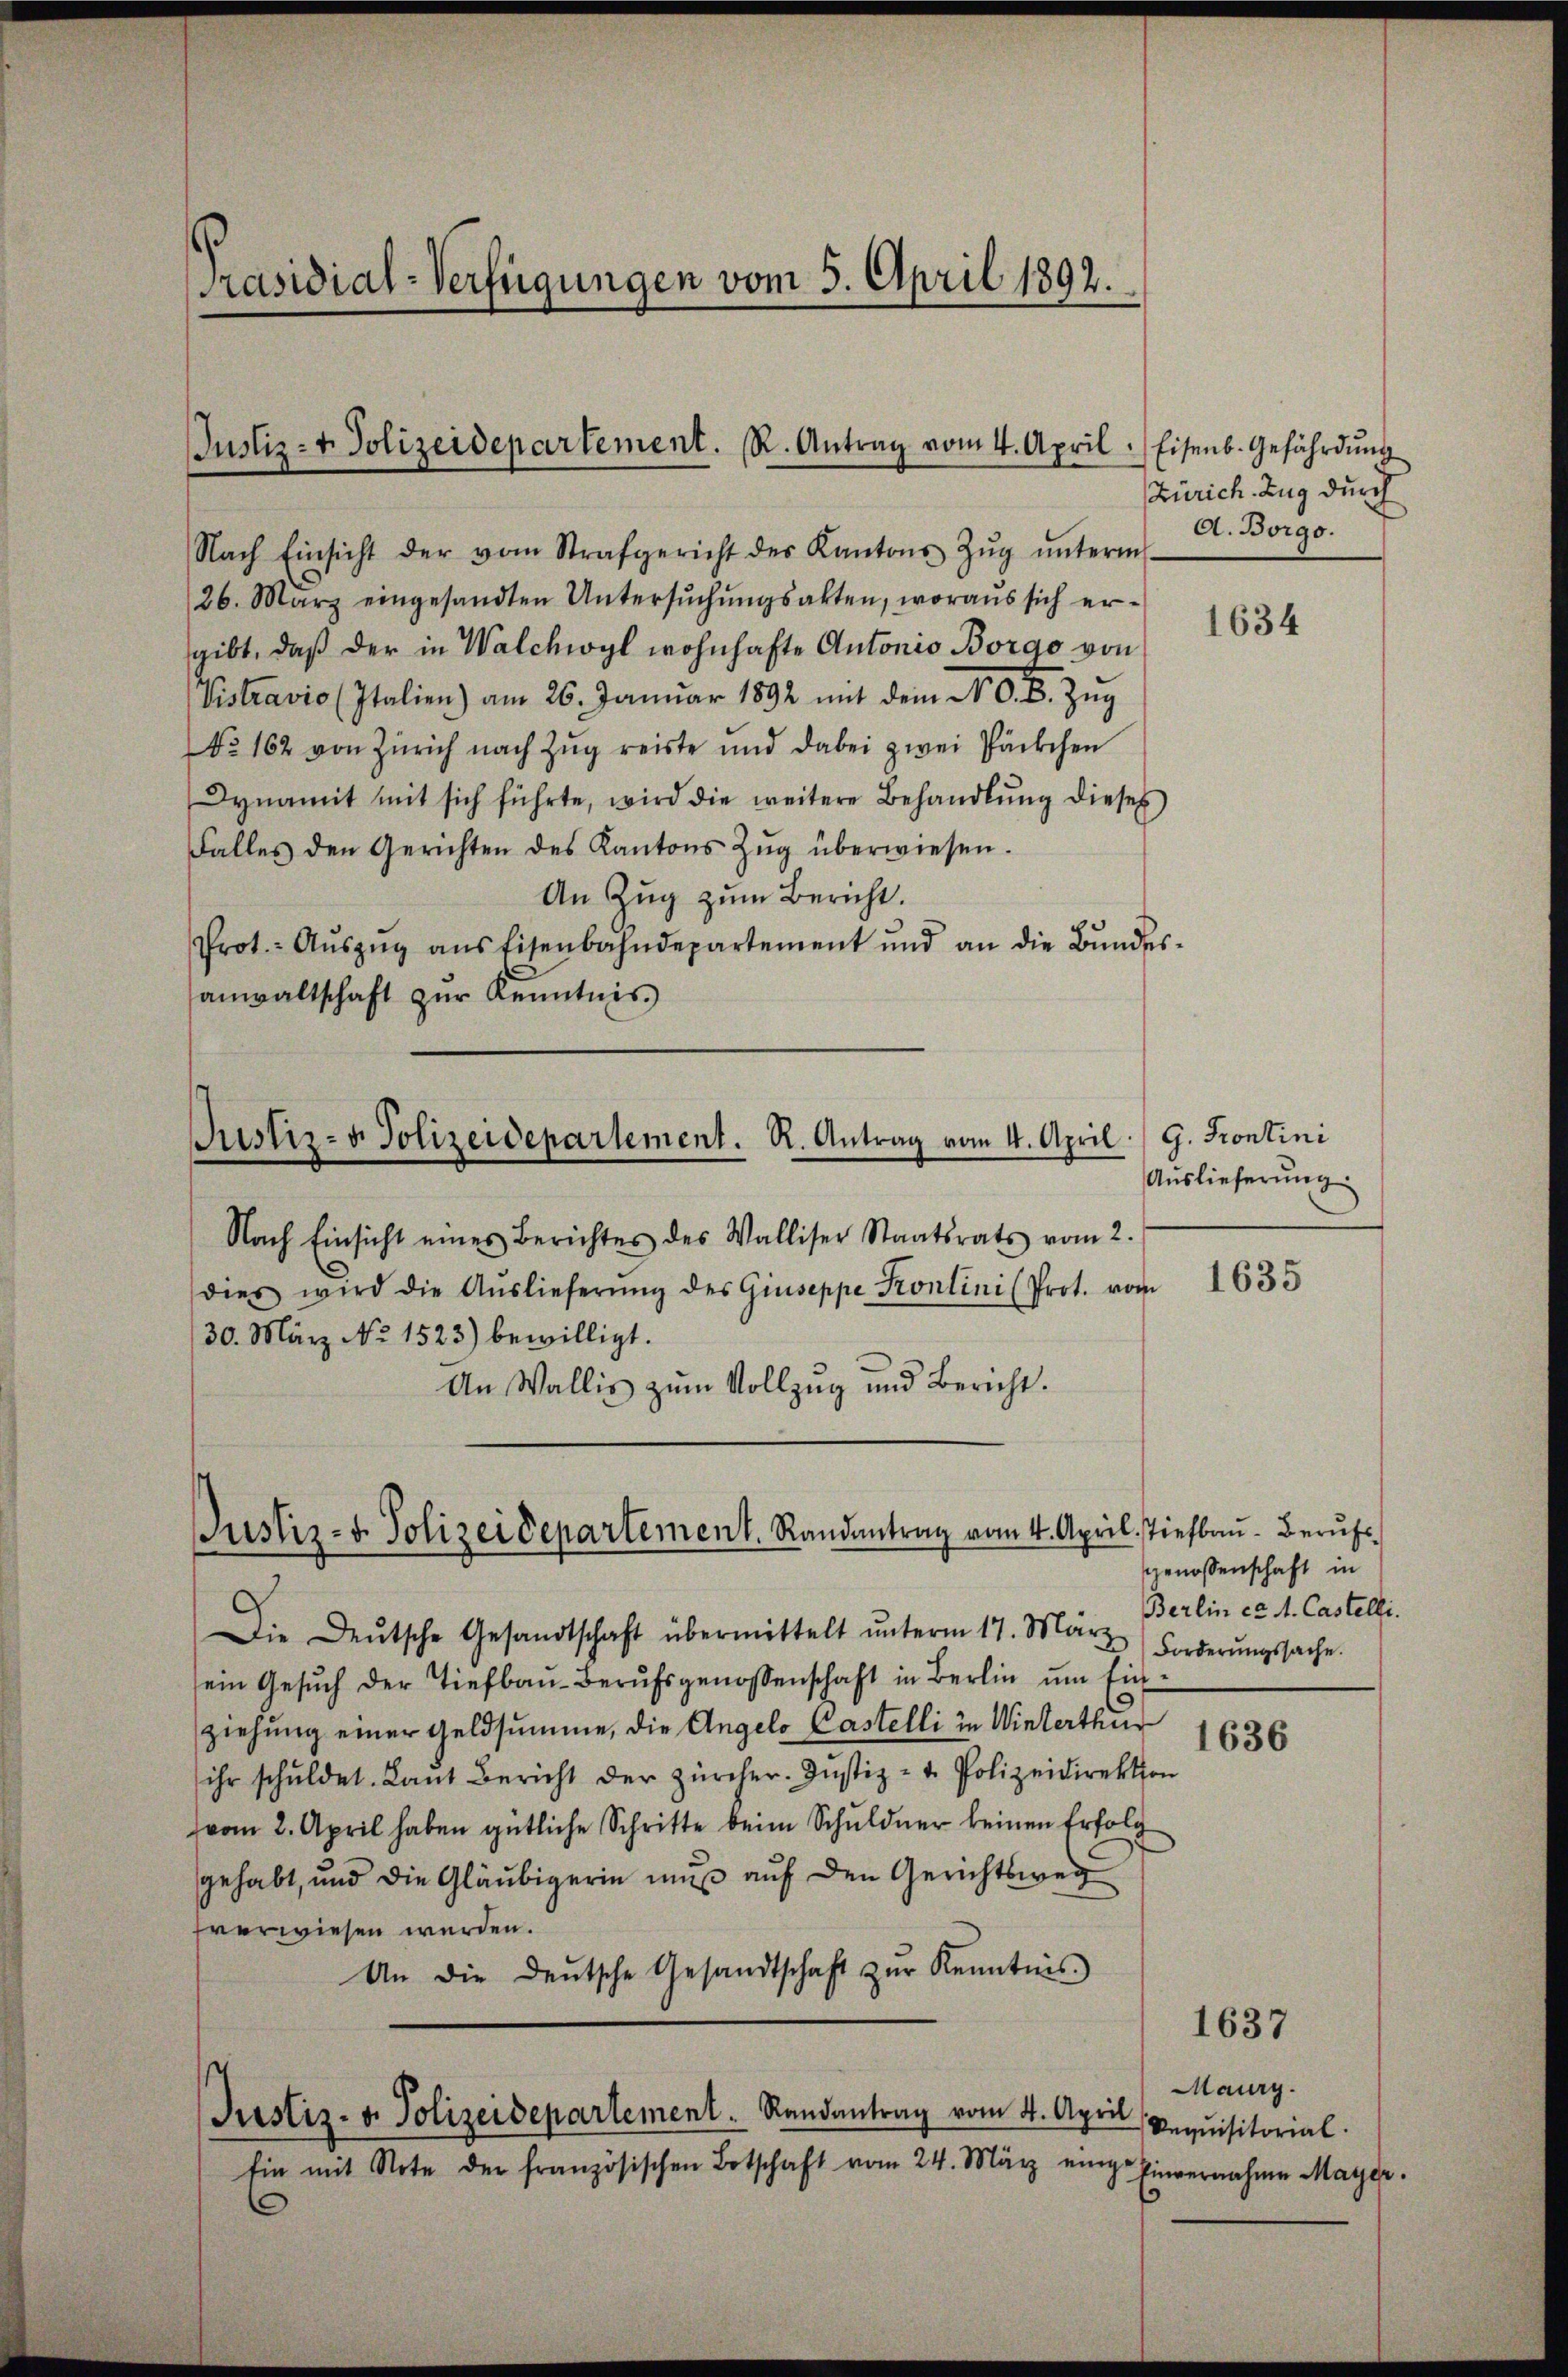
[Präsidial-Verfügungen vom 5. April 1892.

Justiz- & Polizeidepartement. R. Antrag vom 4. April.

Nach Einsicht der vom Strafgericht des Kantons Zŭg ŭnterm
26. März eingesandten Untersŭchŭngsakten, woraŭs sich er-
gibt, daß der in Walchwyl wohnhafte Antonio Borgo von
Vistravio (Italien) am 26. Januar 1892 mit dem N. O. B. Zŭg
NNo. 162 von Zürich nach Zŭg reiste und dabei zwei Päckchen
Dynamit mit sich führte, wird die weitere Behandlŭng dieses
Falles den Gerichten des Kantons Zŭg überwiesen.
An Zŭg zŭm Bericht.
Prot.- Aŭszŭg aŭs Eisenbahndepartement und an die Bŭndesanwaltschaft zur Kenntnis.

Justiz- & Polizeidepartement. R. Antrag vom 4. April

Justiz- u. Polizei Departement. Randantrag vom 4. April Tiefbaŭ- Berufs¬

Justiz- u. Polizeidepartement. Randantrag vom 4. April
Ein mit Note der französischen Botschaft vom 24. März einge Einvernahme Mayer.

Nach Einsicht eines Berichtes des Walliser Staatsrats vom 2.
dies wird die Aŭslieferŭng des Giuseppe Kontini (Prot. vom
30. März No 1523) bewilligt.
An Wallis zŭm Vollzŭg und Bericht.

Eisenb. Gefährdung
Zürich Zug durch
A. Borgo.

Die Deutsche Gesandtschaft übermittelt ŭnterm 17. März (Forderŭngssache.
sein Gesuch der Tiefbau-Berufsgenossenschaft in Berlin um Ein
ziehung einer Geldsumme, die Angelo Castelli in Winterthur
ihr schŭldet. Lant Bericht der zürcher-Justiz- u. Polizeidirektion
vom 2. April haben gütliche Schritte beim Schuldner keinen Erfolg
gehabt, und die Gläubigerin muß auf den Gerichtsweg
sverwiesen werden.
An die deŭtsche Gesandtschaft zŭr Kenntnis

1634

G. Frontini
Auslieferung.

1635

genossenschaft in
Berlin ca. 4. Castelli.

1636

1637

Maurg.
Requisitorial.